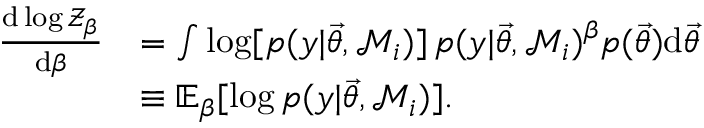
\begin{array} { r l } { \frac { \mathrm { d } \log \mathcal { Z } _ { \beta } } { \mathrm { d } \beta } } & { = \int \log [ p ( y | \ensuremath { \vec { \theta } } , \mathcal { M } _ { i } ) ] \, p ( y | \ensuremath { \vec { \theta } } , \mathcal { M } _ { i } ) ^ { \beta } p ( \ensuremath { \vec { \theta } } ) \mathrm { d } \ensuremath { \vec { \theta } } } \\ & { \equiv \mathbb { E } _ { \beta } [ \log p ( y | \ensuremath { \vec { \theta } } , \mathcal { M } _ { i } ) ] . } \end{array}